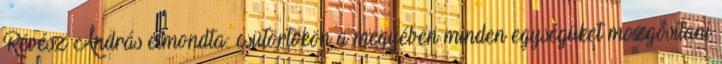
Révész András elmondta: csütörtökön a megyében minden egységüket mozgósítani